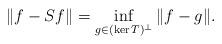
LaTeX: \begin{align*}\|f-Sf\|=\inf_{g\in (\ker T)^{\bot}}\|f-g\|.\end{align*}